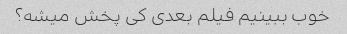
خوب ببینیم فیلم بعدی کی پخش میشه؟